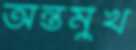
অন্তর্মুখ